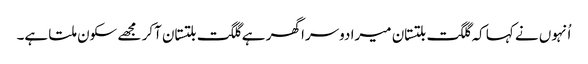
اُنہوں نے کہا کہ گلگت بلتستان میرا دوسرا گھر ہے گلگت بلتستان آکر مجھے سکون ملتا ہے۔